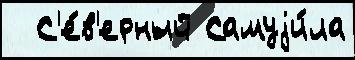
  С'е́в'ерный Самуjи́ла